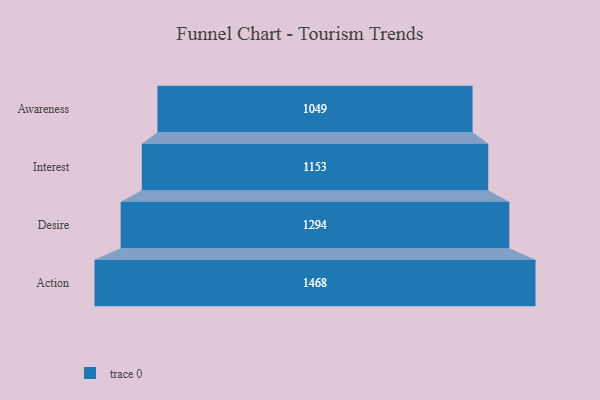
{"axis": {"x": "Stage", "y": "Value"}, "legend": [""], "data": [{"x": "Awareness", "y": 1049.0, "type": ""}, {"x": "Interest", "y": 1153.0, "type": ""}, {"x": "Desire", "y": 1294.0, "type": ""}, {"x": "Action", "y": 1468.0, "type": ""}]}